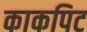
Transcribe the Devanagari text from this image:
काकपिट